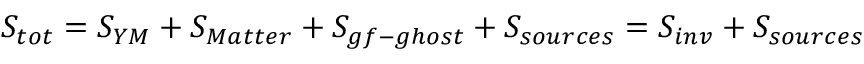
S _ { t o t } = S _ { Y M } + S _ { M a t t e r } + S _ { g f - g h o s t } + S _ { s o u r c e s } = S _ { i n v } + S _ { s o u r c e s }